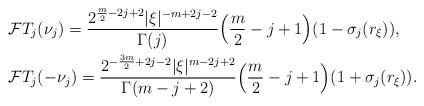
LaTeX: \begin{align*}&\mathcal{F}T_{j}(\nu_j)=\frac{2^{\frac{m}{2}-2j+2}|\xi|^{-m+2j-2}}{\Gamma(j)} \Bigl(\frac{m}{2}-j+1\Bigr)(1-\sigma_j(r_{\xi})),\\ &\mathcal{F}T_{j}(-\nu_{j})=\frac{2^{-\frac{3m}{2}+2j-2}|\xi|^{m-2j+2}}{\Gamma(m-j+2)} \Bigl(\frac{m}{2}-j+1\Bigr)(1+\sigma_j(r_{\xi})).\end{align*}